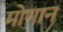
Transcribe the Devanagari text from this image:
मोगान